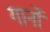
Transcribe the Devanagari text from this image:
गार्नो